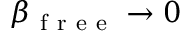
\beta _ { \mathrm { ~ f ~ r ~ e ~ e ~ } } \rightarrow 0